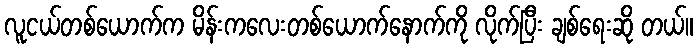
လူငယ်တစ်ယောက်က မိန်းကလေးတစ်ယောက်နောက်ကို လိုက်ပြီး ချစ်ရေးဆို တယ်။